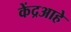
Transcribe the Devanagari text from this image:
केंद्रआहे